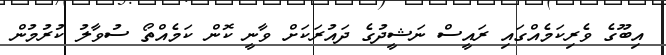
އިބޫގެ ވެރިކަމެއްގައި ރައީސް ނަޝީދުގެ ދައުރަކަށް ވާނީ ކޮން ކަމެއްތޯ ސުވާލު ކުރުމުން